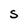
Character: S